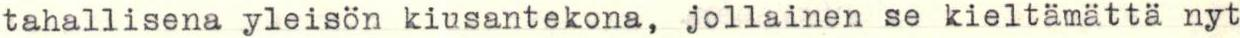
tahallisena yleisön kiusantekona, jollainen se kieltämättä nyt